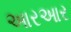
આરઆર